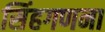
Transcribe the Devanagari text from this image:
सिंहगणना